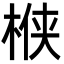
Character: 㮉